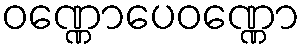
ဝဏ္ဏောပေဝဏ္ဏော